Civil Veterinary Dept. Bombay admin report 1893-99 - 1893-1899
Year: 1893
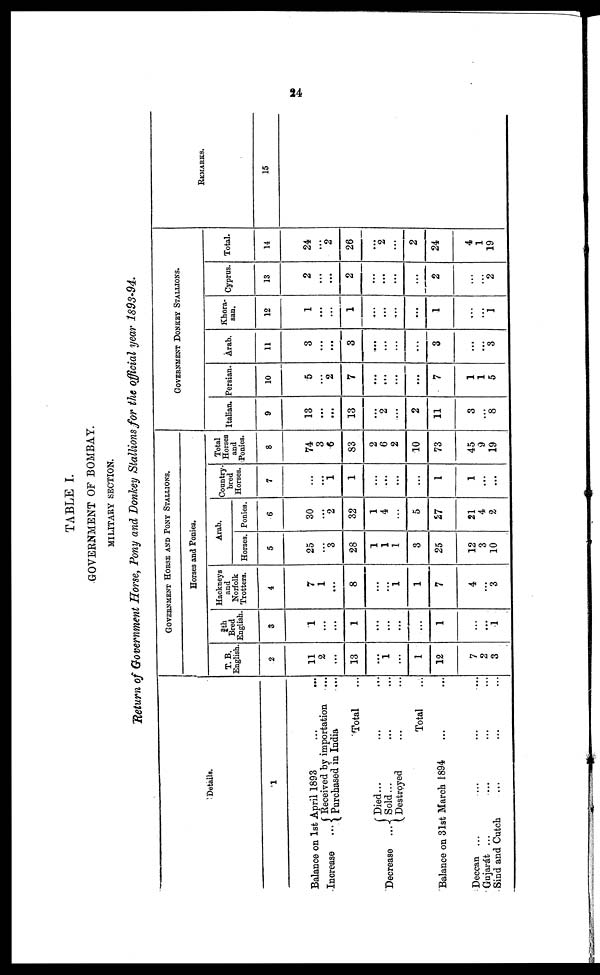
24
TABLE I.
GOVERNMENT OF BOMBAY.
MILITARY SECTION.
Return of Government Horse, Pony and Donkey Stallions for the official year 1893-94.
Details.
1
Balance on 1st April 1893 ... ...
Increase
...
Received by importation ...
Purchased in India ...
Total ...
Decrease
...
Died ... ... ...
Sold ... ... ...
Destroyed ... ...
Total ...
Balance on 31st March 1894 ... ...
Deccan ... ... ... ...
Gujarát ... ... ... ...
Sind and Cutch ... ... ...
GOVERNMENT HORSE AND PONY STALLIONS.
Horses and Ponies.
T. B.
English.
2
11
2
...
13
...
1
...
1
12
7
2
3
¾th
Bred
English.
3
1
...
...
1
...
...
...
...
1
...
...
1
Hackneys
and
Norfolk
Trotters.
4
7
1
...
8
...
...
1
1
7
4
...
3
Arab.
Horses.
5
25
...
3
28
1
1
1
3
25
12
3
10
Ponies.
6
30
...
2
32
1
4
...
5
27
21
4
2
Country-
bred
Horses.
7
...
...
1
1
...
...
...
...
1
1
...
...
Total
Horses
and
Ponies.
8
74
3
6
83
2
6
2
10
73
45
9
19
GOVERNMENT DONKEY STALLIONS.
Italian.
9
13
...
...
13
...
2
...
2
11
3
...
8
Persian.
10
5
...
2
7
...
...
...
...
7
1
1
5
Arab.
11
3
...
...
3
...
...
...
...
3
...
...
3
Khora-
san.
12
1
...
....
1
...
...
...
.....
1
...
...
1
Cyprus.
13
2
...
...
2
...
...
...
...
2
...
...
2
Total.
14
24
...
2
26
2
...
2
24
4
1
19
REMARKS.
15